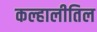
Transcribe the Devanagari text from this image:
कल्हालीतिल